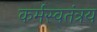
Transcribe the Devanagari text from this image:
कर्मस्वतंत्रय